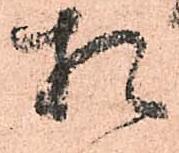
相